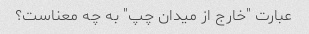
عبارت "خارج از میدان چپ" به چه معناست؟